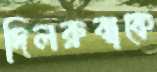
দিলরুবাকে